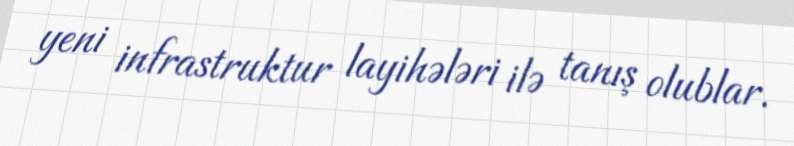
yeni infrastruktur layihələri ilə tanış olublar.